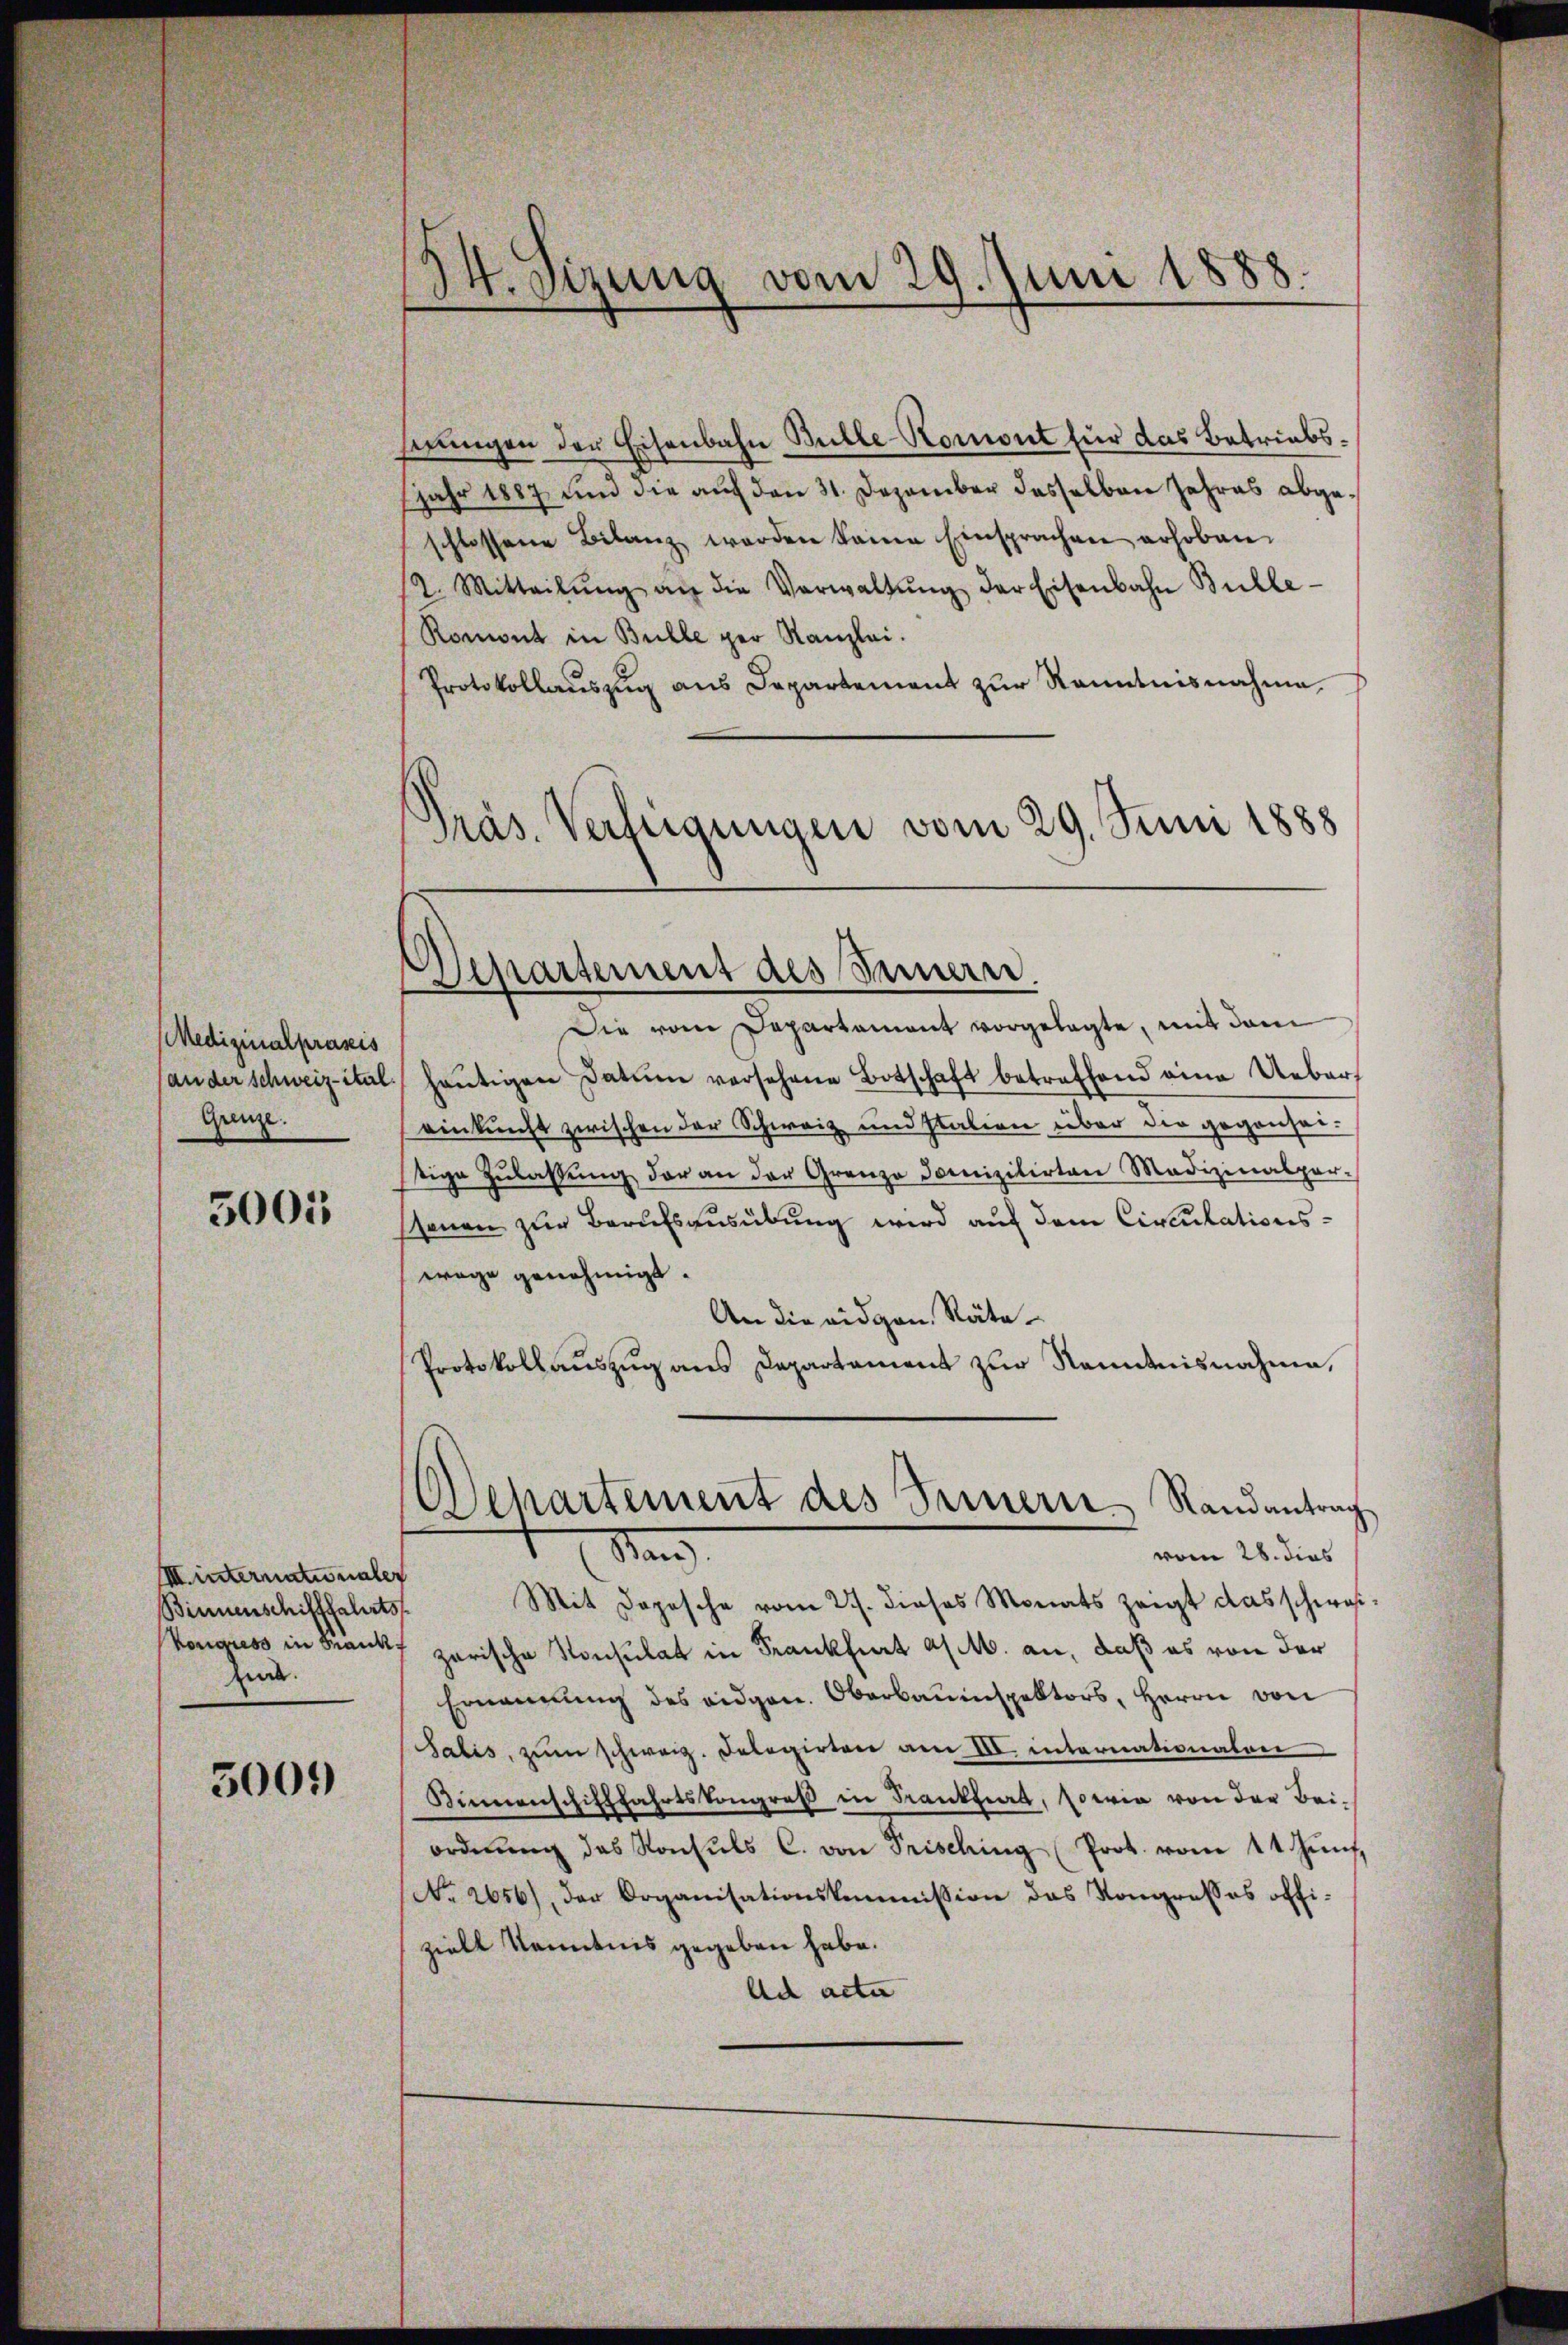
Medizinalpräseis
(an der schweiz ital
Grenze.

5001

IIII internationaler
Binnenschifffahrts
zin.

5009

serungen der Eisenbahn Bulle-Komont für das Betriebsjahr 1887 und die auf den 31. Dezember dasselben Jahres abgeschlossene Bilanz werden kanne Einsprachen erhoben.
12. Mitteilŭng an die Verwaltŭng der Eisenbahn Bulle-
Romont in Bulle per Kanzlei.
Protokollauszug aus Departement zur Kenntnisnahme,
Präs. Verfügungen vom 29. Juni 1888

vom 29. Juni 1888.
34. Sizung

Separtement des Innern.

Die vom Departament vorgelegte, mit dem
heŭtigen Datum versehene Botschaft betreffend eine Uebers
einkunft zwischen der Schweiz und station über die gegensattige Zŭlassŭng der an der Grenze Domizilirten Medizinalper-
sonen zur Berufsausübung wird auf dem Circulationswage genehmigt.
An die eidgen. Räte¬
Protokollaŭszŭg ans Departament zŭr Namenisnahme,
Mit Dopische vom 27. dieses Monats zeigt das schwas
Vonguss in Frank zerische Konsulat in Frankfurt a/M. an, daß es von der
Ernannung des eidgen. Oberbauinspektors, Herrn von
Salis, zŭm schweiz. Delegirten am III. internationalen
Kinnenschifffahrtskongreß in Frankfira, sowie von der Bei-
ordnŭng das Konsŭls C. von Frisching (Prot. vom 11. Zŭnf
No. 2056), der Organisationskommission das Kongresses offi-
zielt kenntnis gegeben habe.
Ach acte

Dehartement des Fernern Randantrag
Stand
vom 28. dies